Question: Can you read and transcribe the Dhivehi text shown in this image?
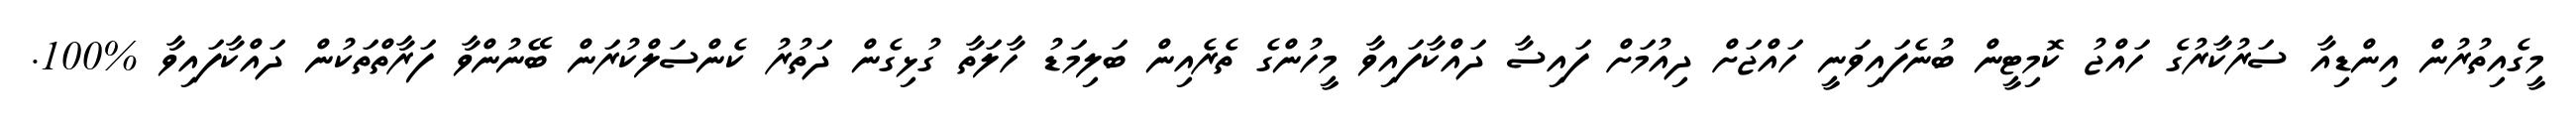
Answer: މީގެއިތުރުން އިންޑިއާ ސަރުކާރުގެ ހައްޖު ކޮމިޓީން ބުނެފައިވަނީ ހައްޖަށް ދިއުމަށް ފައިސާ ދައްކާފައިވާ މީހުންގެ ތެރެއިން ބަލިމަޑު ހާލަތާ ގުޅިގެން ދަތުރު ކެންސަލްކުރަން ބޭނުންވާ ފަރާތްތަކުން ދައްކާފައިވާ %100.